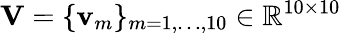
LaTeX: \mathbf{V}=\{ \mathbf{v}_{m}\} _{m=1,\ldots,10}\in\mathbb{R}^{10\times 10}